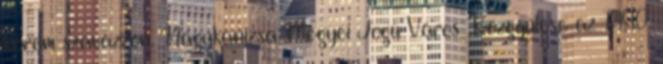
kérem szavazzon. Nagykanizsa Megyei Jogú Város Közgyűlése az 1990.